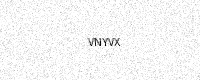
Text: VNYVX